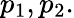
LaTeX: p_{1},p_{2}.